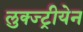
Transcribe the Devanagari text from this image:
लुक्ज्ट्रीयेन